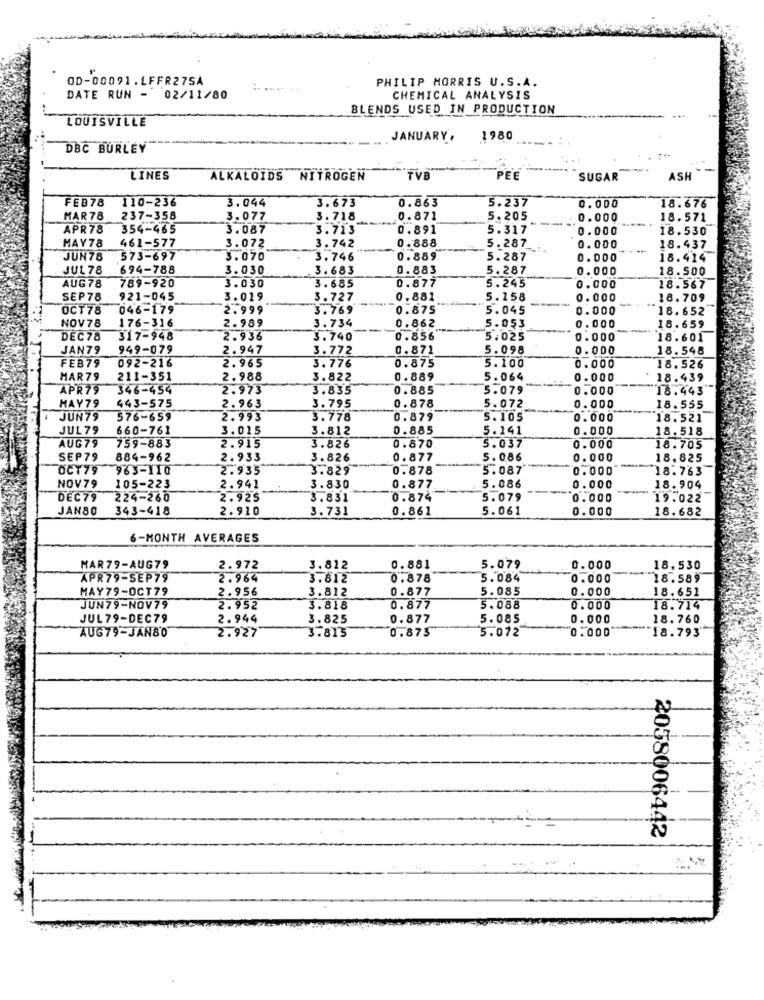
OD-00091.LFFR27SA
.. ..
PHILIP MORRIS U.S.A.
DATE RUN - 02/11/80
CHEMICAL ANALYSIS
BLENDS USED IN PRODUCTION
LOUISVILLE
JANUARY,
1980
DBC BURLEY
LINES
ALKALOIDS NITROGEN
TVB
PEE
SUGAR
ASH
0.863
5.237
FEB78
110-236
3.044
3.673
0.000
18.676
MAR78
237-358
3.077
3.718
0.871
5.205
0.000
18.571
APR78
354-465
3.087
3.713
0.891
5.317
0.000
18.530
MAY78
461-577
3.072
3.742
0.888
5.287_
0.000
18.437
JUN78
573-697
3.070
3.746
0. 889
5.287
0.000
18.414
JUL 78
694-788
3.030
3.683
0.883
5.287
0.000
18.500
789-920
0.877
5.245
AUG78
3.030
3.685
0.000
18.567
SEP78
921-045
3.019
3.727
0.881
5.158
0.000
18.709
OCT78
046-179
2.999
3.769
0.875
5.045
0.000
18.652
NOV78
176-316
0.000
2.989
3.734
0.862
5.053
18.659
DEC78
317-948
2.936
3.740
0.856
5.025
0.000
18.601
JAN79
949-079
2.947
3.772
0.871
5.098
0.000
18.548
FEB79
092-216
2.965
3.776
0.875
5.100
0.000
18.526
HAR79
211-351
2.988
3.822
0.889
5.064
0.000
18.439
APR79
346-454
2.973
3.835
0.885
5.079
0.000
18.443
MAY79
0.878
443-575
2.963
3.795
5.072
0.000
18.555
JUN79
576-659
2.993
3.778
0. 879
5.105
0.000
18.521
JUL 79
660-761
3.015
3.812
0.885
5.141
0.000
18.518
759-883
2.915
5.037
AUG79
3.826
0.870
0.000
18.705
SEP79
884-962
2.933
3.826
0.877
5.086
0.000
18.825
OCT79
963-110
2.935
3.829
0.878
5.087
0.000
18.763
NOV79
105-223
2.941
3.830
0.877
5.086
0.000
18.904
DEC79
224-260
2.925
3.831
0.874
5.079
0.000
19.022
JANSO
343-418
2.910
3.731
0.861
5.061
0.000
18.682
6-MONTH AVERAGES
MAR79-AUG79
2.972
3.812
0.881
5.079
0.000
18,530
APR79-SEP79
2.964
3.812
0.878
5.084
0.000
18.589
MAY79-OCT79
2.956
3.812
0.877
5.085
0.000
18.651
JUN79-NOV79
2.952
3.818
0.877
5.088
0.000
18.714
JUL79-DEC79
2.944
3.825
0.877
5.085
0.000
18.760
AUG79-JAN80
0.875
0.000
2.927
3.813
5.072
18.793
2058006442